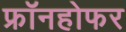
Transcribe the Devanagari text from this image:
फ्रॉनहोफर